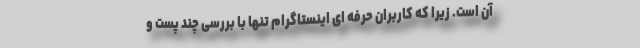
آن است. زیرا که کاربران حرفه ای اینستاگرام تنها با بررسی چند پست و